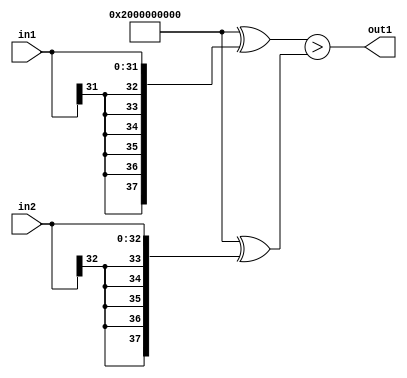
`timescale 1ps / 1ps
/*****************************************************************************
    Verilog RTL Description
    
    
    Created by: CellMath Designer 2019.1.01 
*******************************************************************************/

module avg_pool_LessThan_33Sx32S_1U_4_0 (
	in2,
	in1,
	out1
	); /* architecture "behavioural" */ 
input [32:0] in2;
input [31:0] in1;
output  out1;
wire  asc001;

assign asc001 = ((38'B10000000000000000000000000000000000000 ^ {{6{in1[31]}}, in1})>(38'B10000000000000000000000000000000000000
    ^ {{5{in2[32]}}, in2}));

assign out1 = asc001;
endmodule

/* CADENCE  uLTzQwk= : u9/ySgnWtBlWxVPRXgAZ4Og= ** DO NOT EDIT THIS LINE ******/